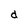
Character: d